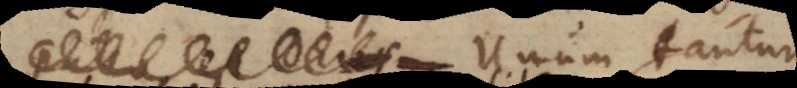
est Deus, Unum tantum